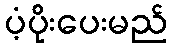
ပံ့ပိုးပေးမည်